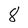
Character: 8